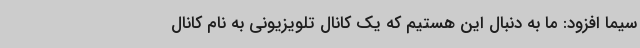
سیما افزود: ما به‌ دنبال این هستیم که یک کانال تلویزیونی به نام کانال